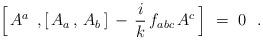
LaTeX: \begin{align*} \Bigl[\, A^a \;\, , [\, A_a \, , \, A_b\, ] \, - \, \frac{i}{k}\, f_{a b c}\, A^c \,\Bigr] \ = \ 0 \ \ .\end{align*}